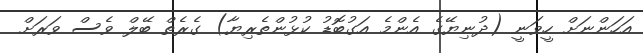
އަހަންނަށް ހީވަނީ (ދުނިޔޭގެ އެންމެ އަގުބޮޑު ކުޅުންތެރިޔާ) ގެރެތް ބޭލް ވެސް ވަރަށް